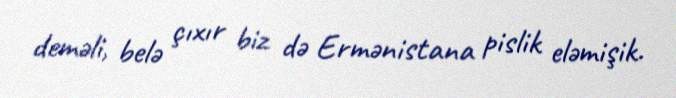
deməli, belə çıxır biz də Ermənistana pislik eləmişik.